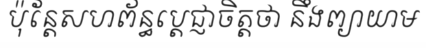
ប៉ុន្តែសហព័ន្ធប្តេជ្ញាចិត្តថា នឹងព្យាយាម